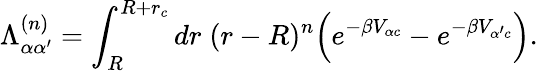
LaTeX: \Lambda_{\alpha\alpha^{\prime}}^{(n)}=\int_{R}^{R+r_{c}}dr\; (r-R)^{n}\Big(e^{-\beta V_{\alpha c}}-e^{-\beta V_{\alpha^{\prime}c}}\Big).